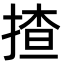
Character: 揸